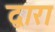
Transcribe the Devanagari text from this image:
द्वारा